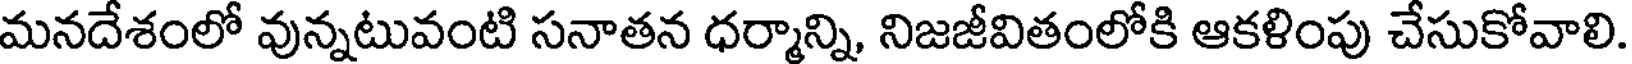
మనదేశంలో వున్నటువంటి సనాతన ధర్మాన్ని, నిజజీవితంలోకి ఆకళింపు చేసుకోవాలి